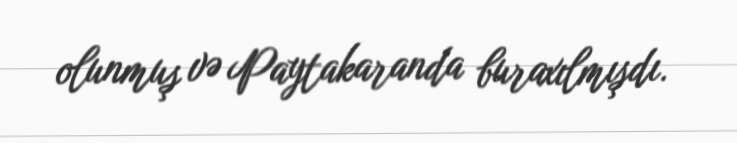
olunmuş və Paytakaranda buraxılmışdı.